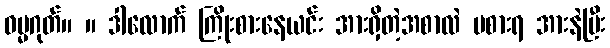
ဓမ္မဂုတ်။ ။ ဒါလောက် ကြိုးစားနေယင်း အားရှိတဲ့အစာလဲ မစားရ အားနဲပြီး